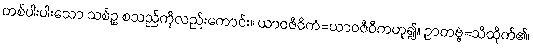
တစ်ပါးပါးသော သစ်ဥ စသည်ကိုလည်းကောင်း။ ယာဝဇီဝိကံ=ယာဝဇီဝိကဟူ၍။ ဉာတဗ္ဗံ=သိထိုက်၏၊